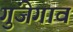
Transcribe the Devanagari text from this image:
गुंजेगाव